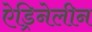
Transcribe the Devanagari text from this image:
ऐड्रिनेलीन